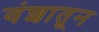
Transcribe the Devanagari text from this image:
वंशातून